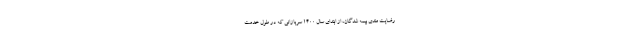
رضایت مندی بیمه شدگان، از ابتدای سال ۱۴۰۰ سربازانی که در طول خدمت